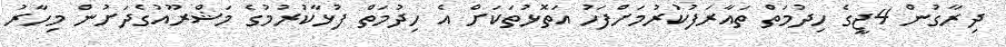
ދިރާގުން 4ޖީގެ ހިދުމަތް ތައާރަފުކުރުމަށްފަހު އަތޮޅުތަކަށް އެ ހިދުމަތް ފުޅާކުރުމުގެ މަޝްރޫއުގެދަށުން މިހާރު